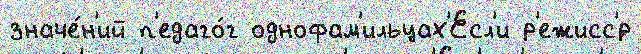
значе́н'ий п'едаго́г однофам'ильцах'Есл'и р'ежисс'́р